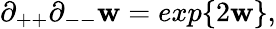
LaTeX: \partial_{++}\partial_{--}\mathbf{w}=exp\{ 2\mathbf{w}\} ,